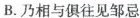
B.乃相与俱往见邹忌